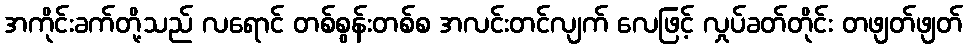
အကိုင်းခက်တို့သည် လရောင် တစ်စွန်းတစ်စ အလင်းတင်လျက် လေဖြင့် လှုပ်ခတ်တိုင်း တဖျတ်ဖျတ်